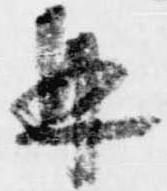
并